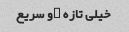
خیلی تازه …و سریع